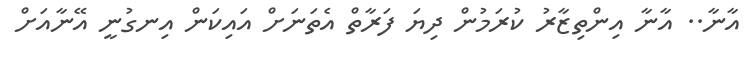
އާނާ.. އާނާ އިންތިޒާރު ކުރަމުން ދިޔަ ފަރާތް އެތަނަށް އައިކަން އިނގުނީ އޭނާއަށް